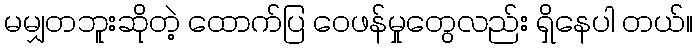
မမျှတဘူးဆိုတဲ့ ထောက်ပြ ဝေဖန်မှုတွေလည်း ရှိနေပါ တယ်။